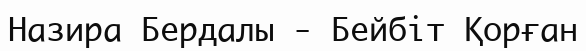
Назира Бердалы - Бейбіт Қорған